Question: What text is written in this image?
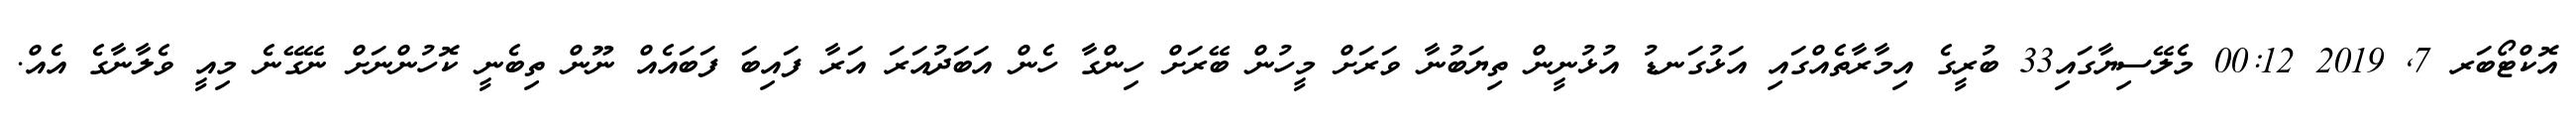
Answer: އޮކްޓޯބަރ 7, 2019 00:12 މެލޭސިޔާގައި33 ބުރީގެ އިމާރާތެއްގައި އަޅުގަނޑު އުޅުނީން ތިޔަބުނާ ވަރަށް މީހުން ބޭރަށް ހިންގާ ހެން އަބަދުއަރަ އަރާ ފައިބަ ފަބައެއް ނޫން ތިބެނީ ކޮހުންނަށް ނޭގޭނެ މިއީ ވެލާނާގެ އެއް.